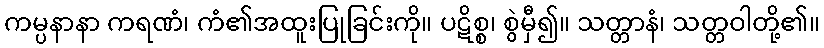
ကမ္ပနာနာ ကရဏံ၊ ကံ၏အထူးပြုခြင်းကို။ ပဋိစ္စ၊ စွဲမှီ၍။ သတ္တာနံ၊ သတ္တဝါတို့၏။